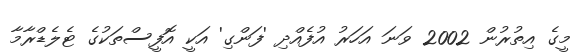
މީގެ އިތުރުން 2002 ވަނަ އަހަރު އުފެއްދި 'ފަންގި' އަކީ އޮފީސްތަކުގެ ޓެލެޑްރާމާ